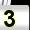
Digit: 3